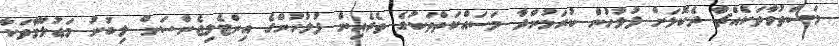
މަސްތުވާތަކެއްޗާ ދެކޮޅަށް ފުލުހުން ކުރަމުންދާ މަސައްކަތްތަކުގެ ތެރެއިން ފުލުހުންގެ އިންޓެލިޖެންސަށް ލިބުނު މަޢުލޫމާތަކާ